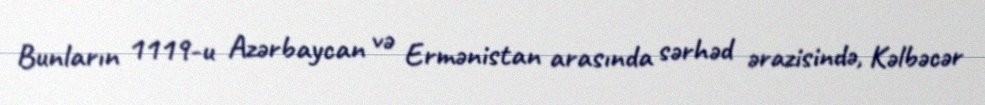
Bunların 1119-u Azərbaycan və Ermənistan arasında sərhəd ərazisində, Kəlbəcər